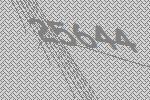
25644